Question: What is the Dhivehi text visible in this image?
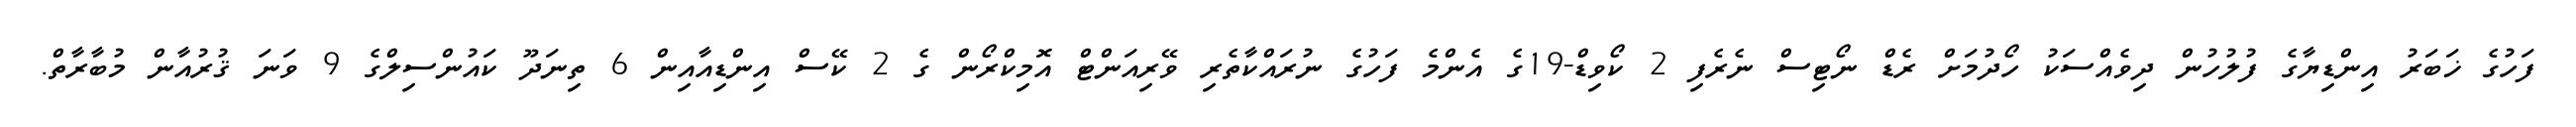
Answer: ފަހުގެ ޚަބަރު އިންޑިޔާގެ ފުލުހުން ދިވެއްސަކު ހޯދުމަށް ރެޑް ނޯޓިސް ނެރެފި 2 ކޯވިޑް-19ގެ އެންމެ ފަހުގެ ނުރައްކާތެރި ވޭރިއަންޓް އޮމިކްރޯން ގެ 2 ކޭސް އިންޑިއާއިން 6 ތިނަދޫ ކައުންސިލްގެ 9 ވަނަ ޤުރުއާން މުބާރާތް.